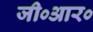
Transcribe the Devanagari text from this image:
जी०आर०